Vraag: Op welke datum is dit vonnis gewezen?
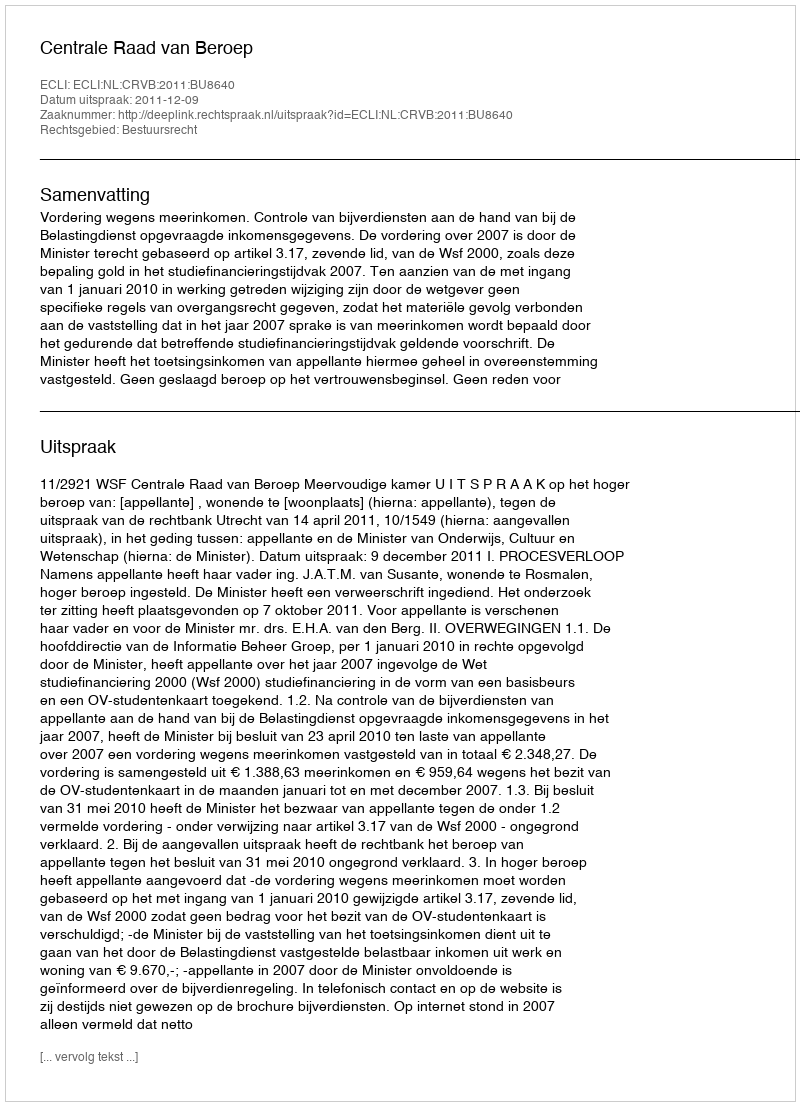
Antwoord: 2011-12-09